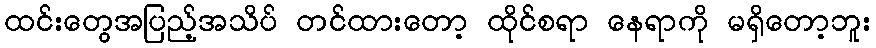
ထင်းတွေအပြည့်အသိပ် တင်ထားတော့ ထိုင်စရာ နေရာကို မရှိတော့ဘူး